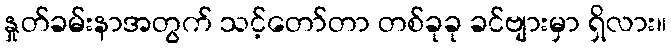
နှုတ်ခမ်းနာအတွက် သင့်တော်တာ တစ်ခုခု ခင်ဗျားမှာ ရှိလား။